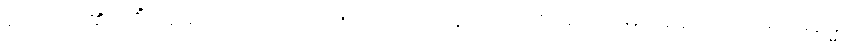
လျှောက်၏။ ကိံ အဝေါစ၊ အဘယ်သို့လျှောက်သနည်း။ ဘောဂေါတမ၊ အရှင်ဂေါတမ။ ဓမ္မော၊